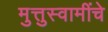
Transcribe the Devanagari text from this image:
मुत्तुस्वामींचे